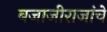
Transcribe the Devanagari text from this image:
बजाजीराजांचे